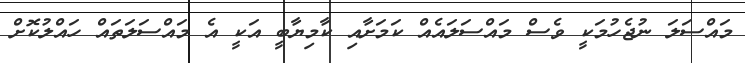
މައްސަލަ ނުޖެހުމަކީ ވެސް މައްސަލައެއް ކަމަށާއި ކާމިޔާބީ އަކީ އެ މައްސަލަތައް ހައްލުކޮށް